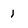
Character: 1